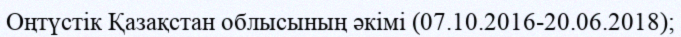
Оңтүстік Қазақстан облысының әкімі (07.10.2016-20.06.2018);